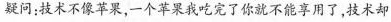
疑问：技术不像苹果，一个苹果我吃完了你就不能享用了，技术却